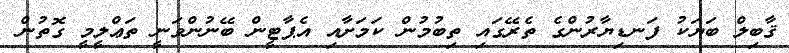
ޤާބިލް ބަޔަކު ފަނޑިޔާރުންގެ ތެރޭގައި ތިބުމުން ކަމަށާއި އެޕާޓީން ބޭނުންވަނީ ތަޢްލީމީ ގޮތުން